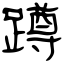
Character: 蹲